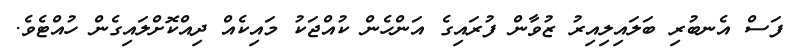
ފަސް އެނބުރި ބަލައިލިއިރު ޒުވާން ފުރައިގެ އަންހެން ކުއްޖަކު މައިކެއް ދިއްކޮށްލައިގެން ހުއްޓެވެ.